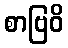
စာဗြဝိ